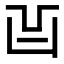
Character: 𠙿